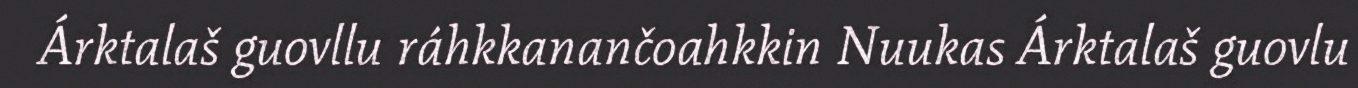
Árktalaš guovllu ráhkkanančoahkkin Nuukas Árktalaš guovlu